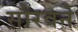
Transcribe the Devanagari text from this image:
सौरवने